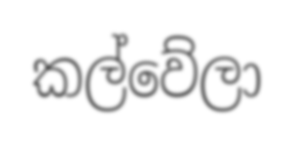
කල්වේලා